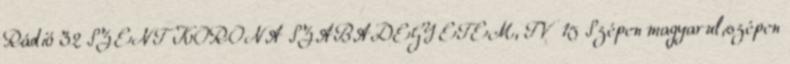
Rádió 32 SZENT KORONA SZABADEGYETEM, TV 15 Szépen magyarul,szépen